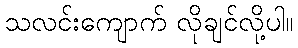
သလင်းကျောက် လိုချင်လို့ပါ။